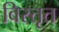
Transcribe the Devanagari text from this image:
विस्‍तृत